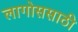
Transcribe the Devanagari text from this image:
लागोससाठी